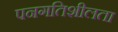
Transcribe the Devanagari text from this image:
पनगतिशीलता